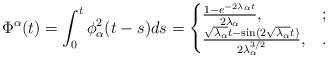
LaTeX: \begin{align*}\Phi^\alpha(t)=\int_0^t \phi_\alpha^2(t-s)ds=\begin{cases}\frac{1-e^{-2\lambda_\alpha t}}{2\lambda_\alpha},&;\\\frac{\sqrt{\lambda_\alpha} t-\sin(2\sqrt{\lambda_\alpha}t)}{2\lambda_\alpha^{3/2}},&.\end{cases}\end{align*}